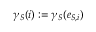
\gamma _ { S } ( i ) : = \gamma _ { S } ( e _ { S , i } )